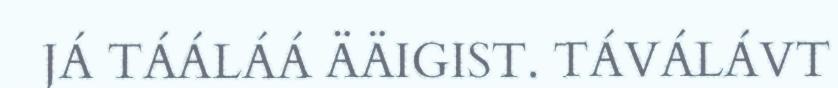
JÁ TÁÁLÁÁ ÄÄIGIST. TÁVÁLÁVT